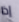
إذا